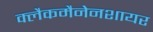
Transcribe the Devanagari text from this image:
क्लैकमैनेनशायर